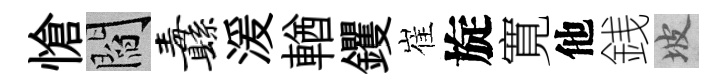
愴閻纛湲輶钁崔旋寛他銭坡